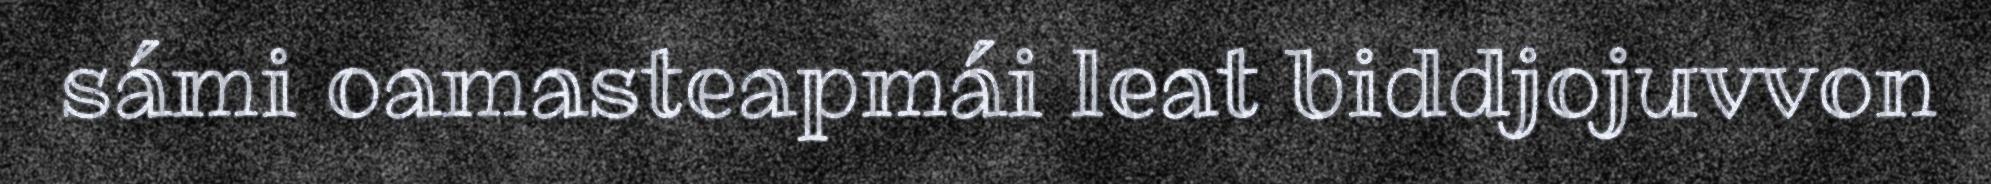
sámi oamasteapmái leat biddjojuvvon